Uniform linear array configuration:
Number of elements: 4
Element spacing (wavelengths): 0.25
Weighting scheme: hamming
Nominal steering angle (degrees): -45
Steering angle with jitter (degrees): -46.081
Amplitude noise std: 0.05
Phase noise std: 0.05

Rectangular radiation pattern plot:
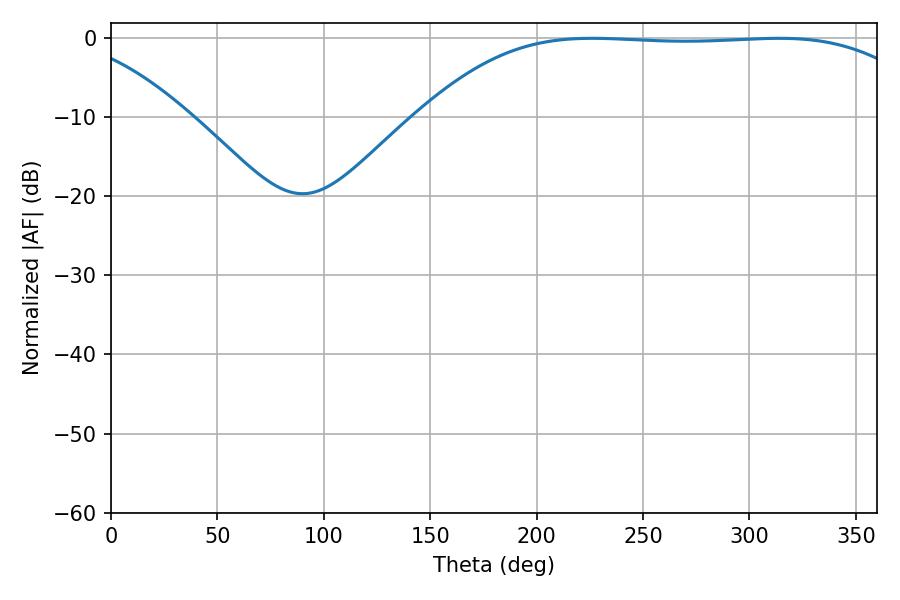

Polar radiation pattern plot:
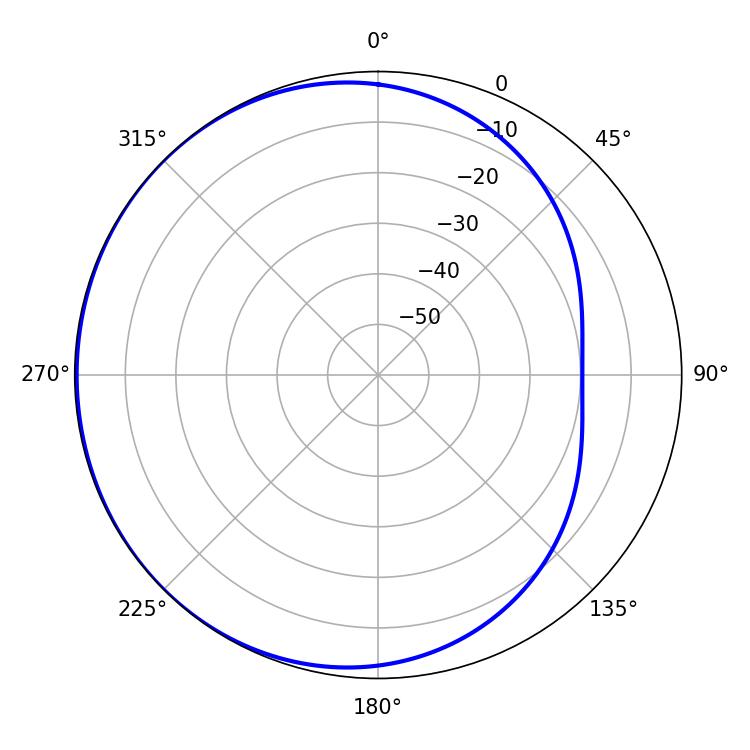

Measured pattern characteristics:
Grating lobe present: FALSE
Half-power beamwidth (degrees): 183.24
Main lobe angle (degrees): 226.08